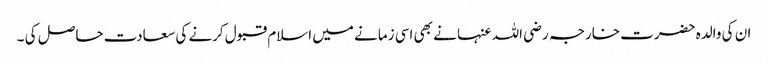
ان کی والدہ حضرت خارجہ رضی اللہ عنہا نے بھی اسی زمانے میں اسلام قبول کرنے کی سعادت حاصل کی ۔